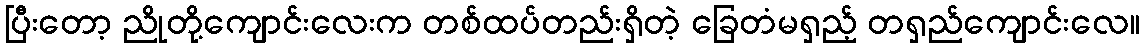
ပြီးတော့ ညိုတို့ကျောင်းလေးက တစ်ထပ်တည်းရှိတဲ့ ခြေတံမရှည့် တရှည်ကျောင်းလေ။